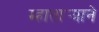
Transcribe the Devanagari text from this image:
म्हातार्‍याने